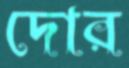
দোর